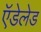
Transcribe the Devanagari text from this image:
ऍडेलेड